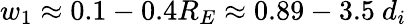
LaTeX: w_{1}\approx 0.1-0.4R_{E}\approx 0.89-3.5\ d_{i}